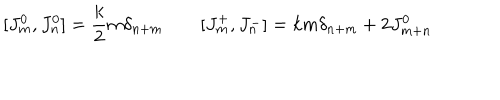
LaTeX: [ J _ { m } ^ { 0 } , J _ { n } ^ { 0 } ] = \frac { k } { 2 } m \delta _ { n + m } \qquad [ J _ { m } ^ { + } , J _ { n } ^ { - } ] = k m \delta _ { n + m } + 2 J _ { m + n } ^ { 0 }